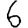
Digit: 6